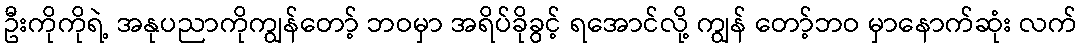
ဦးကိုကိုရဲ့ အနုပညာကိုကျွန်တော့် ဘဝမှာ အရိပ်ခိုခွင့် ရအောင်လို့ ကျွန် တော့်ဘဝ မှာနောက်ဆုံး လက်